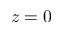
z = 0